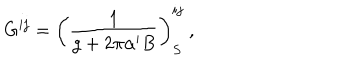
G ^ { i j } = \left( \frac { 1 } { g + 2 \pi \alpha ^ { \prime } B } \right) _ { S } ^ { i j } ~ ,